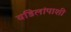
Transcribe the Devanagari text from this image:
वडिलांपाशी